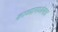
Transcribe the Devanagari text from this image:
काव्यामध्येमात्र